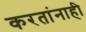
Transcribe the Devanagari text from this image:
करतांनाही